Lunatic asylums in Bengal annual reports 1899-1911 - 1899-1911
Year: 1899
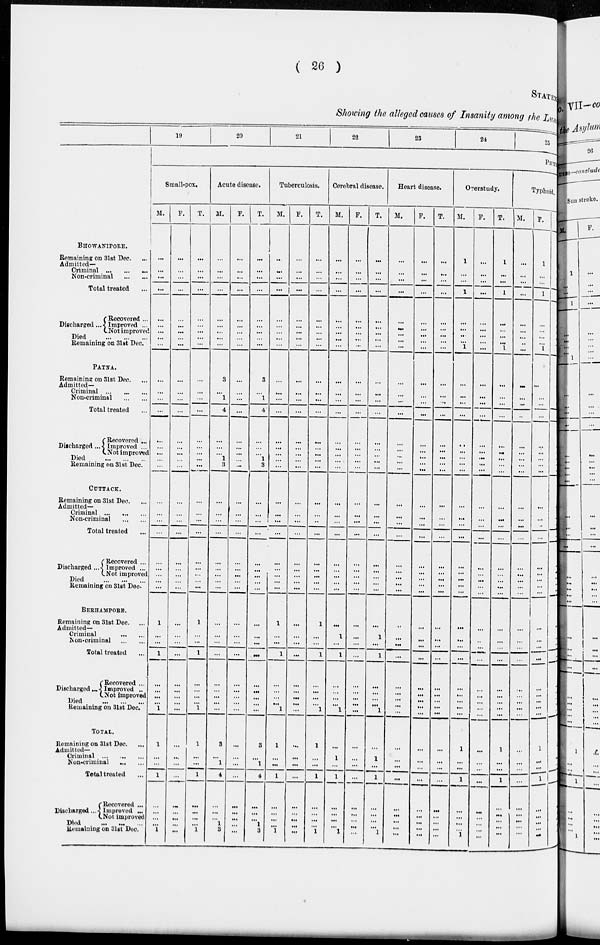
( 26 )
STATEM
Showing the alleged causes of Insanity among the Luna
BHOWANIPORE.
Remaining on 31st Dec. ...
Admitted—
Criminal
...
...
...
Non-criminal
...
...
Total treated ...
Discharged...
Recovered ...
Improved ...
Not improved
Died
...
...
...
Remaining on 31st Dec.
PATNA.
Remaining on 31st Dec. ...
Admitted–
Criminal
...
...
...
Non-criminal
...
...
Total treated ...
Discharged ...
Recovered ...
Improved ...
Not improved
Died ... ... ...
Remaining on 31st Dec.
CUTTACK.
Remaining on 31st Dec. ...
Admitted–
Criminal ... ... ...
Non-criminal
...
...
Total treated ...
Discharged ...
Recovered ...
Improved ...
Not improved
Died ... ... ...
Remaining on 31st Dec-
BERHAMPORE.
Remaining on 31st Dec. ...
Admitted–
Criminal
...
...
Non-criminal
...
...
Total treated ...
Discharged ...
Recovered ...
Improved ...
Not improved
Died
...
...
...
Remaining on 31st Dec.
TOTAL.
Remaining on 31st Dec. ...
Admitted–
Criminal
...
...
...
Non-criminal ... ...
Total treated ...
Discharged ...
Recovered ...
Improved ...
Not improved
Died ... ... ...
Remaining on 31st Dec.
19
20
21
22
23
24
25
PHY
Small-pox.
M.
...
...
...
...
...
...
...
...
...
...
...
...
...
...
...
...
...
...
...
...
...
...
...
...
...
...
...
1
...
...
1
...
...
...
...
1
1
...
...
1
...
...
...
...
1
F.
...
...
...
...
...
...
...
...
...
...
...
...
...
...
...
...
...
...
...
...
...
...
...
...
...
...
...
...
...
...
...
...
...
...
...
...
...
...
...
...
...
...
...
...
...
T.
...
...
...
...
...
...
...
...
...
...
...
...
...
...
...
...
...
...
...
...
...
...
...
...
...
...
...
1
...
...
1
...
...
...
...
1
1
...
...
1
...
...
...
...
1
Acute disease.
M.
...
...
...
...
...
...
...
...
...
3
...
1
4
...
...
...
1
3
...
...
...
...
...
...
...
...
...
...
...
...
...
...
...
...
...
...
3
...
1
4
...
...
...
1
3
F.
...
...
...
...
...
...
...
...
...
...
...
...
...
...
...
...
...
...
...
...
...
...
...
...
...
...
...
...
...
...
...
...
...
...
...
...
...
...
...
...
...
...
...
...
...
T.
...
...
...
...
...
...
...
...
...
3
...
1
4
...
...
...
1
3
...
...
...
...
...
...
...
...
...
...
...
...
...
...
...
...
...
...
3
...
1
4
...
...
...
1
3
Tuberculosis.
M.
...
...
...
...
...
...
...
...
...
...
...
...
...
...
...
...
...
...
...
...
...
...
...
...
...
...
...
1
...
...
1
...
...
...
...
1
1
...
...
1
...
...
...
...
1
F.
...
...
...
...
...
...
...
...
...
...
...
...
...
...
...
...
...
...
...
...
...
...
...
...
...
...
...
...
...
...
...
...
...
...
...
...
...
...
...
...
...
...
...
...
...
T.
...
...
...
...
...
...
...
...
...
...
...
...
...
...
...
...
...
...
...
...
...
...
...
...
...
...
...
1
...
...
1
...
...
...
...
1
1
...
...
1
...
...
...
...
1
Cerebral disease.
M.
...
...
...
...
...
...
...
...
...
...
...
...
...
...
...
...
...
...
...
...
...
...
...
...
...
...
...
...
1
...
1
...
...
...
...
1
...
1
...
1
...
...
...
...
1
F.
...
...
...
...
...
...
...
...
...
...
...
...
...
...
...
...
...
...
...
...
...
...
...
...
...
...
...
...
...
...
...
...
...
...
...
...
...
...
...
...
...
...
...
...
...
T.
...
...
...
...
...
...
...
...
...
...
...
...
...
...
...
...
...
...
...
...
...
...
...
...
...
...
...
...
1
...
1
...
...
...
...
1
...
1
...
1
...
...
...
...
1
Heart disease.
M.
...
...
...
...
...
...
...
...
...
...
...
...
...
...
...
...
...
...
...
...
...
...
...
...
...
...
...
...
...
...
...
...
...
...
...
...
...
...
...
...
...
...
...
...
...
F.
...
...
...
...
...
...
...
...
...
...
...
...
...
...
...
...
...
...
...
...
...
...
...
...
...
...
...
...
...
...
...
...
...
...
...
...
...
...
...
...
...
...
...
...
...
T.
...
...
...
...
...
...
...
...
...
...
...
...
...
...
...
...
...
...
...
...
...
...
...
...
...
...
...
...
...
...
...
...
...
...
...
...
...
...
...
...
...
...
...
...
...
Overstudy.
M.
1
...
...
1
...
...
...
...
1
...
...
...
...
...
...
...
...
...
...
...
...
...
...
...
...
...
...
...
...
...
...
...
...
...
...
...
1
...
...
1
...
...
...
...
1
F.
...
...
...
...
...
...
...
...
...
...
...
...
...
...
...
...
...
...
...
...
...
...
...
...
...
...
...
...
...
...
...
...
...
...
...
...
...
...
...
...
...
...
...
...
...
T.
1
...
...
1
...
...
...
...
1
...
...
...
...
...
...
...
...
...
...
...
...
...
...
...
...
...
...
...
...
...
...
...
...
...
...
...
1
...
...
1
...
...
...
...
...
Typhoid.
M.
...
...
...
...
...
...
...
...
...
...
...
...
...
...
...
...
...
...
...
...
...
...
...
...
...
...
...
...
...
...
...
...
...
...
...
...
...
...
...
...
...
...
...
...
...
F.
1
...
...
1
...
...
...
...
1
...
...
...
...
...
...
...
...
...
...
...
...
...
...
...
...
...
...
...
...
...
...
...
...
...
...
...
1
...
...
1
...
...
...
...
...